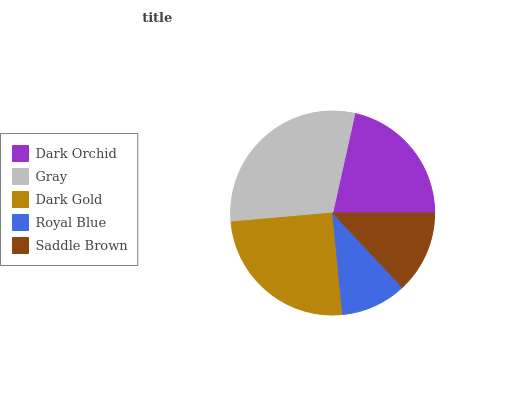
| Dark Orchid | Gray | Dark Gold | Royal Blue | Saddle Brown |
 | --- | --- | --- | --- | --- |
 | 21.5% | 29.9% | 25.1% | 10.4% | 13% |